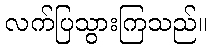
လက်ပြသွားကြသည်။